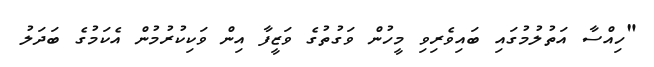
"ހިއްސާ އަތުލުމުގައި ބައިވެރިވި މީހުން ވަގުތުގެ ވަޒީފާ އިން ވަކިކުރުމުން އެކަމުގެ ބަދަލު